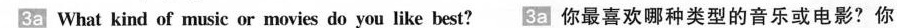
3a What kind of music or movies do you like best?3a你最喜欢哪种类型的音乐或电影?你